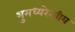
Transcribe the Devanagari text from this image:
भुमध्यरेखीय